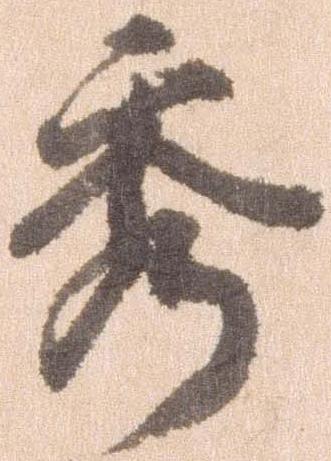
秀